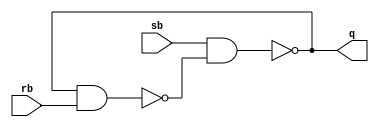
module rsff(sb, rb, q);
input sb, rb;
output q;
wire temp;

nand na1(q, sb, temp);
nand na2(temp, q, rb);

endmodule